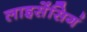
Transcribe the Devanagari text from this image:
लाइसेंसिगं